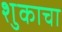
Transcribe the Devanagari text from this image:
शुकाचा